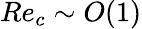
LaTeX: Re_{c}\sim O(1)